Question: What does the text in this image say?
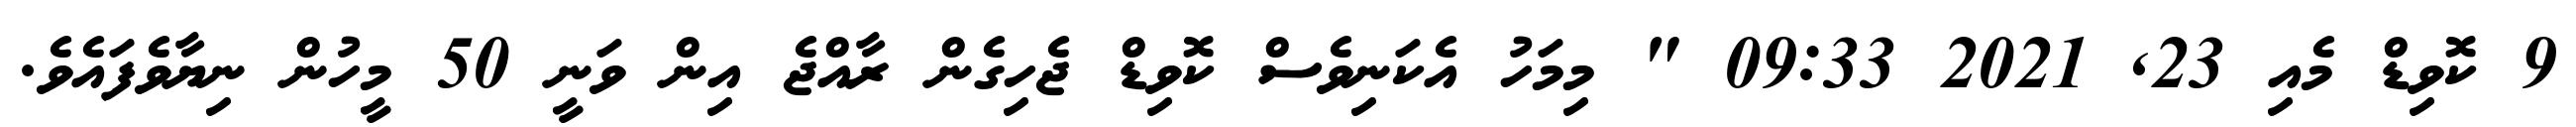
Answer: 9 ކޮވިޑް މެއި 23, 2021 09:33 " މިމަހު އެކަނިވެސް ކޮވިޑް ޖެހިގެން ރާއްޖެ އިން ވަނީ 50 މީހުން ނިޔާވެފައެވެ.